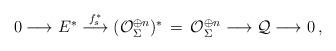
LaTeX: \begin{align*}0 \longrightarrow E^* \stackrel{f^*_s}{\longrightarrow} (\mathcal{O}_\Sigma^{\oplus n})^*\,=\,\mathcal{O}_\Sigma^{\oplus n} \longrightarrow \mathcal{Q} \longrightarrow 0\, ,\end{align*}